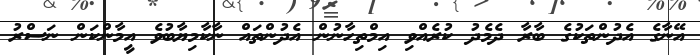
އޭނާގެ އެދުންތަކުގެ ބާރާ ދެމެދު ކުރެއްވި އިމްތިހާނުން އެދުންތައް ނާކާމިޔާބުވެ އީމާންކަން ނަސްރު